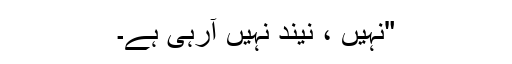
"نہیں ، نیند نہیں آرہی ہے۔